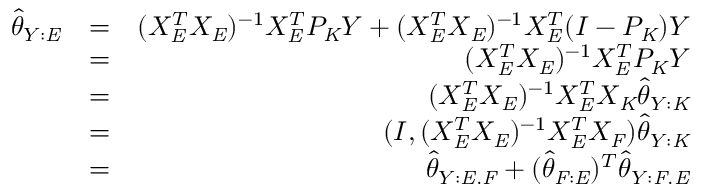
\begin{array} { r l r } { \hat { \theta } _ { Y : \mathit { E } } } & { = } & { ( X _ { \mathit { E } } ^ { T } X _ { \mathit { E } } ) ^ { - 1 } X _ { \mathit { E } } ^ { T } P _ { \mathit { K } } Y + ( X _ { \mathit { E } } ^ { T } X _ { \mathit { E } } ) ^ { - 1 } X _ { \mathit { E } } ^ { T } ( I - P _ { \mathit { K } } ) Y } \\ & { = } & { ( X _ { \mathit { E } } ^ { T } X _ { \mathit { E } } ) ^ { - 1 } X _ { \mathit { E } } ^ { T } P _ { \mathit { K } } Y } \\ & { = } & { ( X _ { \mathit { E } } ^ { T } X _ { \mathit { E } } ) ^ { - 1 } X _ { \mathit { E } } ^ { T } X _ { \mathit { K } } \hat { \theta } _ { Y : \mathit { K } } } \\ & { = } & { ( I , ( X _ { \mathit { E } } ^ { T } X _ { \mathit { E } } ) ^ { - 1 } X _ { \mathit { E } } ^ { T } X _ { \mathit { F } } ) \hat { \theta } _ { Y : \mathit { K } } } \\ & { = } & { \hat { \theta } _ { Y : \mathit { E } . \mathit { F } } + ( \hat { \theta } _ { \mathit { F } : \mathit { E } } ) ^ { T } \hat { \theta } _ { Y : \mathit { F } . \mathit { E } } } \end{array}